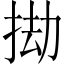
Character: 𢬱